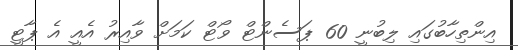
އިންތިހާބުގައި ލިބުނީ 60 ޕަސެންޓް ވޯޓް ކަމަށް ވާއިރު އެއީ އެ ޕާޓީ